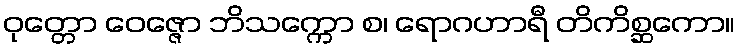
ဝုတ္တော ဝေဇ္ဇော ဘိသက္ကော စ၊ ရောဂဟာရီ တိကိစ္ဆကော။